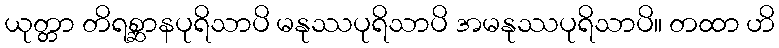
ယုတ္တာ တိရစ္ဆာနပုရိသာပိ မနုဿပုရိသာပိ အမနုဿပုရိသာပိ။ တထာ ဟိ